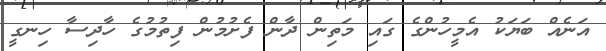
އަނެއް ބަޔަކު އެމީހުންގެ ގައި މަތިން ދާން ފެށުމުން ފިތުމުގެ ހާދިސާ ހިނގީ